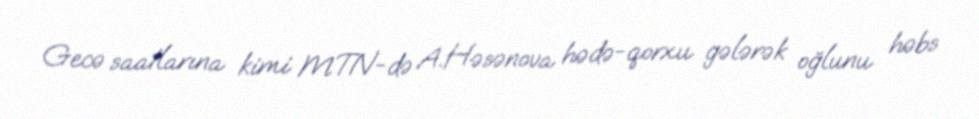
Gecə saatlarına kimi MTN-də A.Həsənova hədə-qorxu gələrək oğlunu həbs